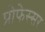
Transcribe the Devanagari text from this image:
प्रोफेस्सर